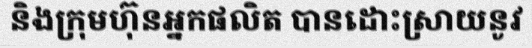
និងក្រុមហ៊ុនអ្នកផលិត បានដោះស្រាយនូវ